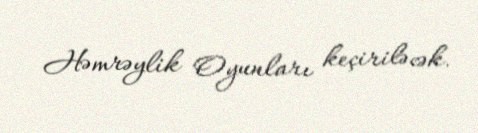
Həmrəylik Oyunları keçiriləcək.